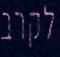
לקרב